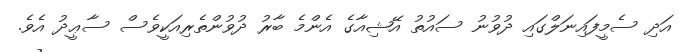
އަދި ސެމީފައިނަލްގައި ދުވުނު ސައުތު އޭޝިއާގެ އެންމެ ބާރު ދުވުންތެރިއަކީވެސް ސާޢީދު އެވެ.